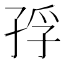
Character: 𭓅